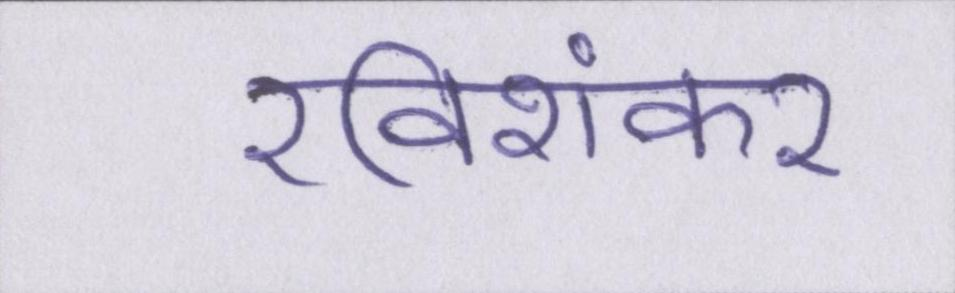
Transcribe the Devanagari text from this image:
रविशंकर